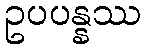
ဥပပန္နဿ